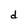
Character: d